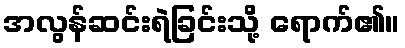
အလွန်ဆင်းရဲခြင်းသို့ ရောက်၏။